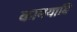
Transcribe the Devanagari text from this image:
कामयाबि